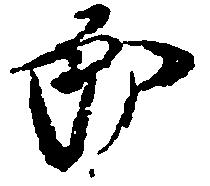
郎